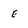
Character: E